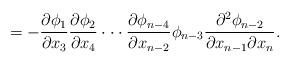
LaTeX: \begin{align*}=-\frac{\partial \phi_1}{\partial x_3}\frac{\partial \phi_2}{\partial x_4}\cdot \cdot \cdot \frac{\partial \phi_{n-4}}{\partial x_{n-2}}\phi_{n-3}\frac{\partial^2\phi_{n-2}}{\partial x_{n-1} \partial x_{n}}.\end{align*}